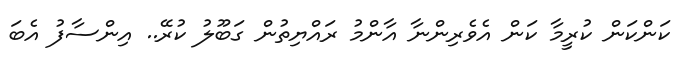
ކަންކަން ކުރީމާ ކަން އެވެރިންނާ އާންމު ރައްޔިތުން ގަބޫލު ކުރޭ.. އިންސާފު އެބަ